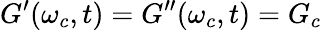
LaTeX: G^{\prime}(\omega_{c},t)=G^{\prime\prime}(\omega_{c},t)=G_{c}